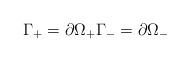
LaTeX: \begin{align*}\Gamma_+ = \partial \Omega_+ {\Gamma}_- = \partial \Omega_- \end{align*}